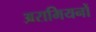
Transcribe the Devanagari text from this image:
अरामियनों